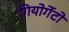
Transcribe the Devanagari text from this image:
गियोर्गेटो